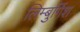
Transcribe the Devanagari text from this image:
लिम्बुर्गिश